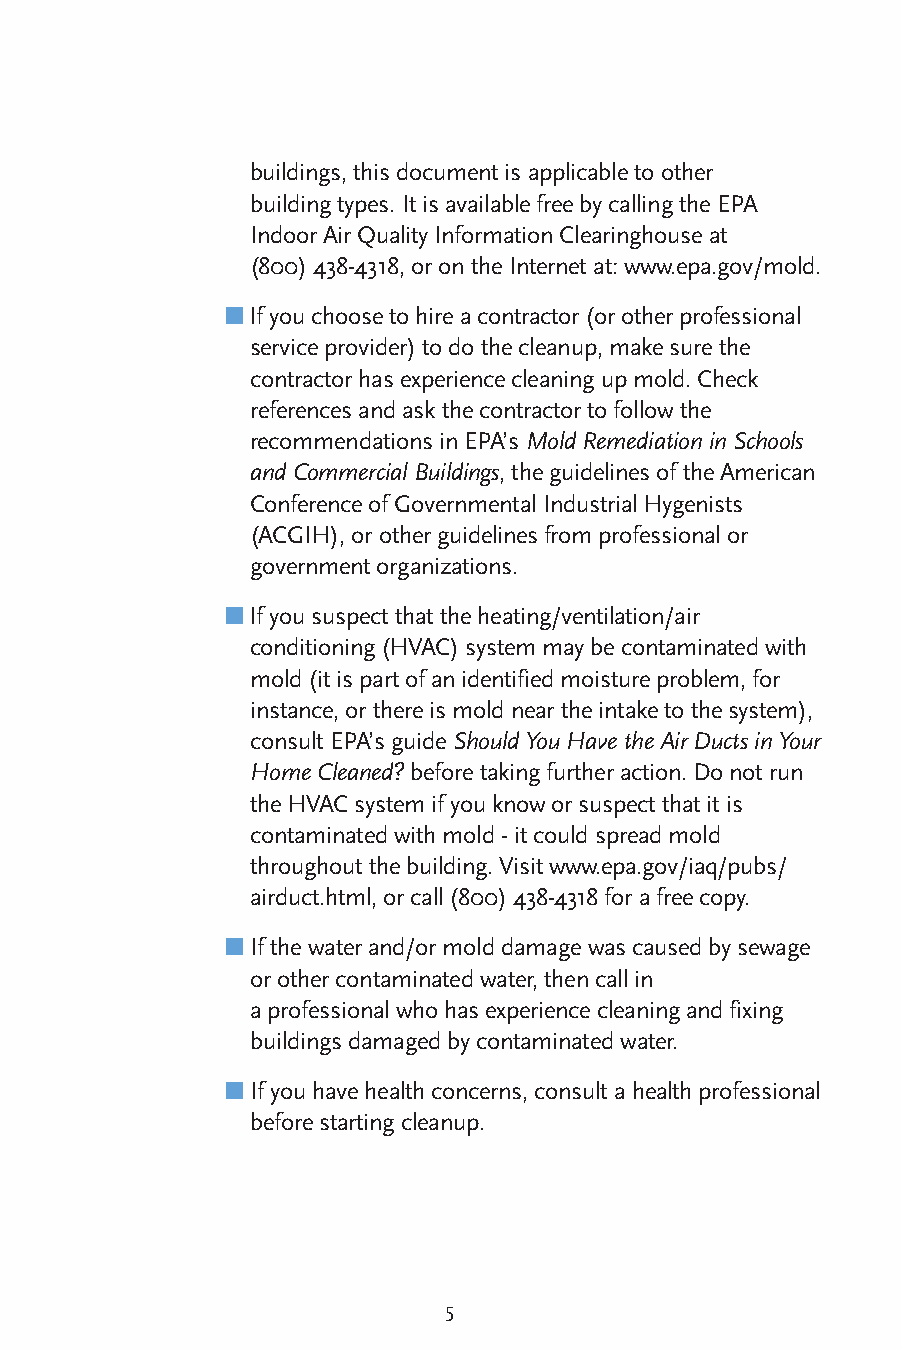
buildings, this document is applicable to other
 building types. It is available free by calling the EPA
 Indoor Air Quality Information Clearinghouse at
 (800) 438-4318, or on the Internet at: www.epa.gov/mold.
 ■
 If you choose to hire a contractor (or other professional
 service provider) to do the cleanup, make sure the
 contractor has experience cleaning up mold. Check
 references and ask the contractor to follow the
 recommendations in EPA’s Mold Remediation in Schools
 and Commercial Buildings, the guidelines of the American
 Conference of Governmental Industrial Hygenists
 (ACGIH), or other guidelines from professional or
 government organizations.
 ■
 If you suspect that the heating/ventilation/air
 conditioning (HVAC) system may be contaminated with
 mold (it is part of an identified moisture problem, for
 instance, or there is mold near the intake to the system),
 consult EPA’s guide Should You Have the Air Ducts in Your
 Home Cleaned? before taking further action. Do not run
 the HVAC system if you know or suspect that it is
 contaminated with mold - it could spread mold
 throughout the building. Visit www.epa.gov/iaq/pubs/
 airduct.html, or call (800) 438-4318 for a free copy.
 ■
 If the water and/or mold damage was caused by sewage
 or other contaminated water, then call in
 a professional who has experience cleaning and fixing
 buildings damaged by contaminated water.
 ■
 If you have health concerns, consult a health professional
 before starting cleanup.
 5